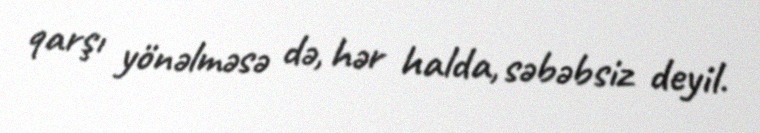
qarşı yönəlməsə də, hər halda, səbəbsiz deyil.